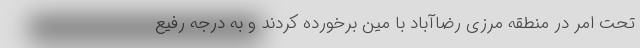
تحت امر در منطقه مرزی رضاآباد با مین برخورده کردند و به درجه رفیع